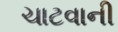
ચાટવાની